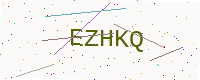
Text: EZHKQ